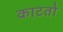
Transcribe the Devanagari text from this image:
काटतो